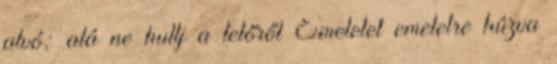
alvó; alá ne hullj a tetőről Emeletet emeletre húzva